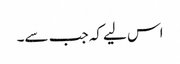
اس لیے کہ جب سے۔